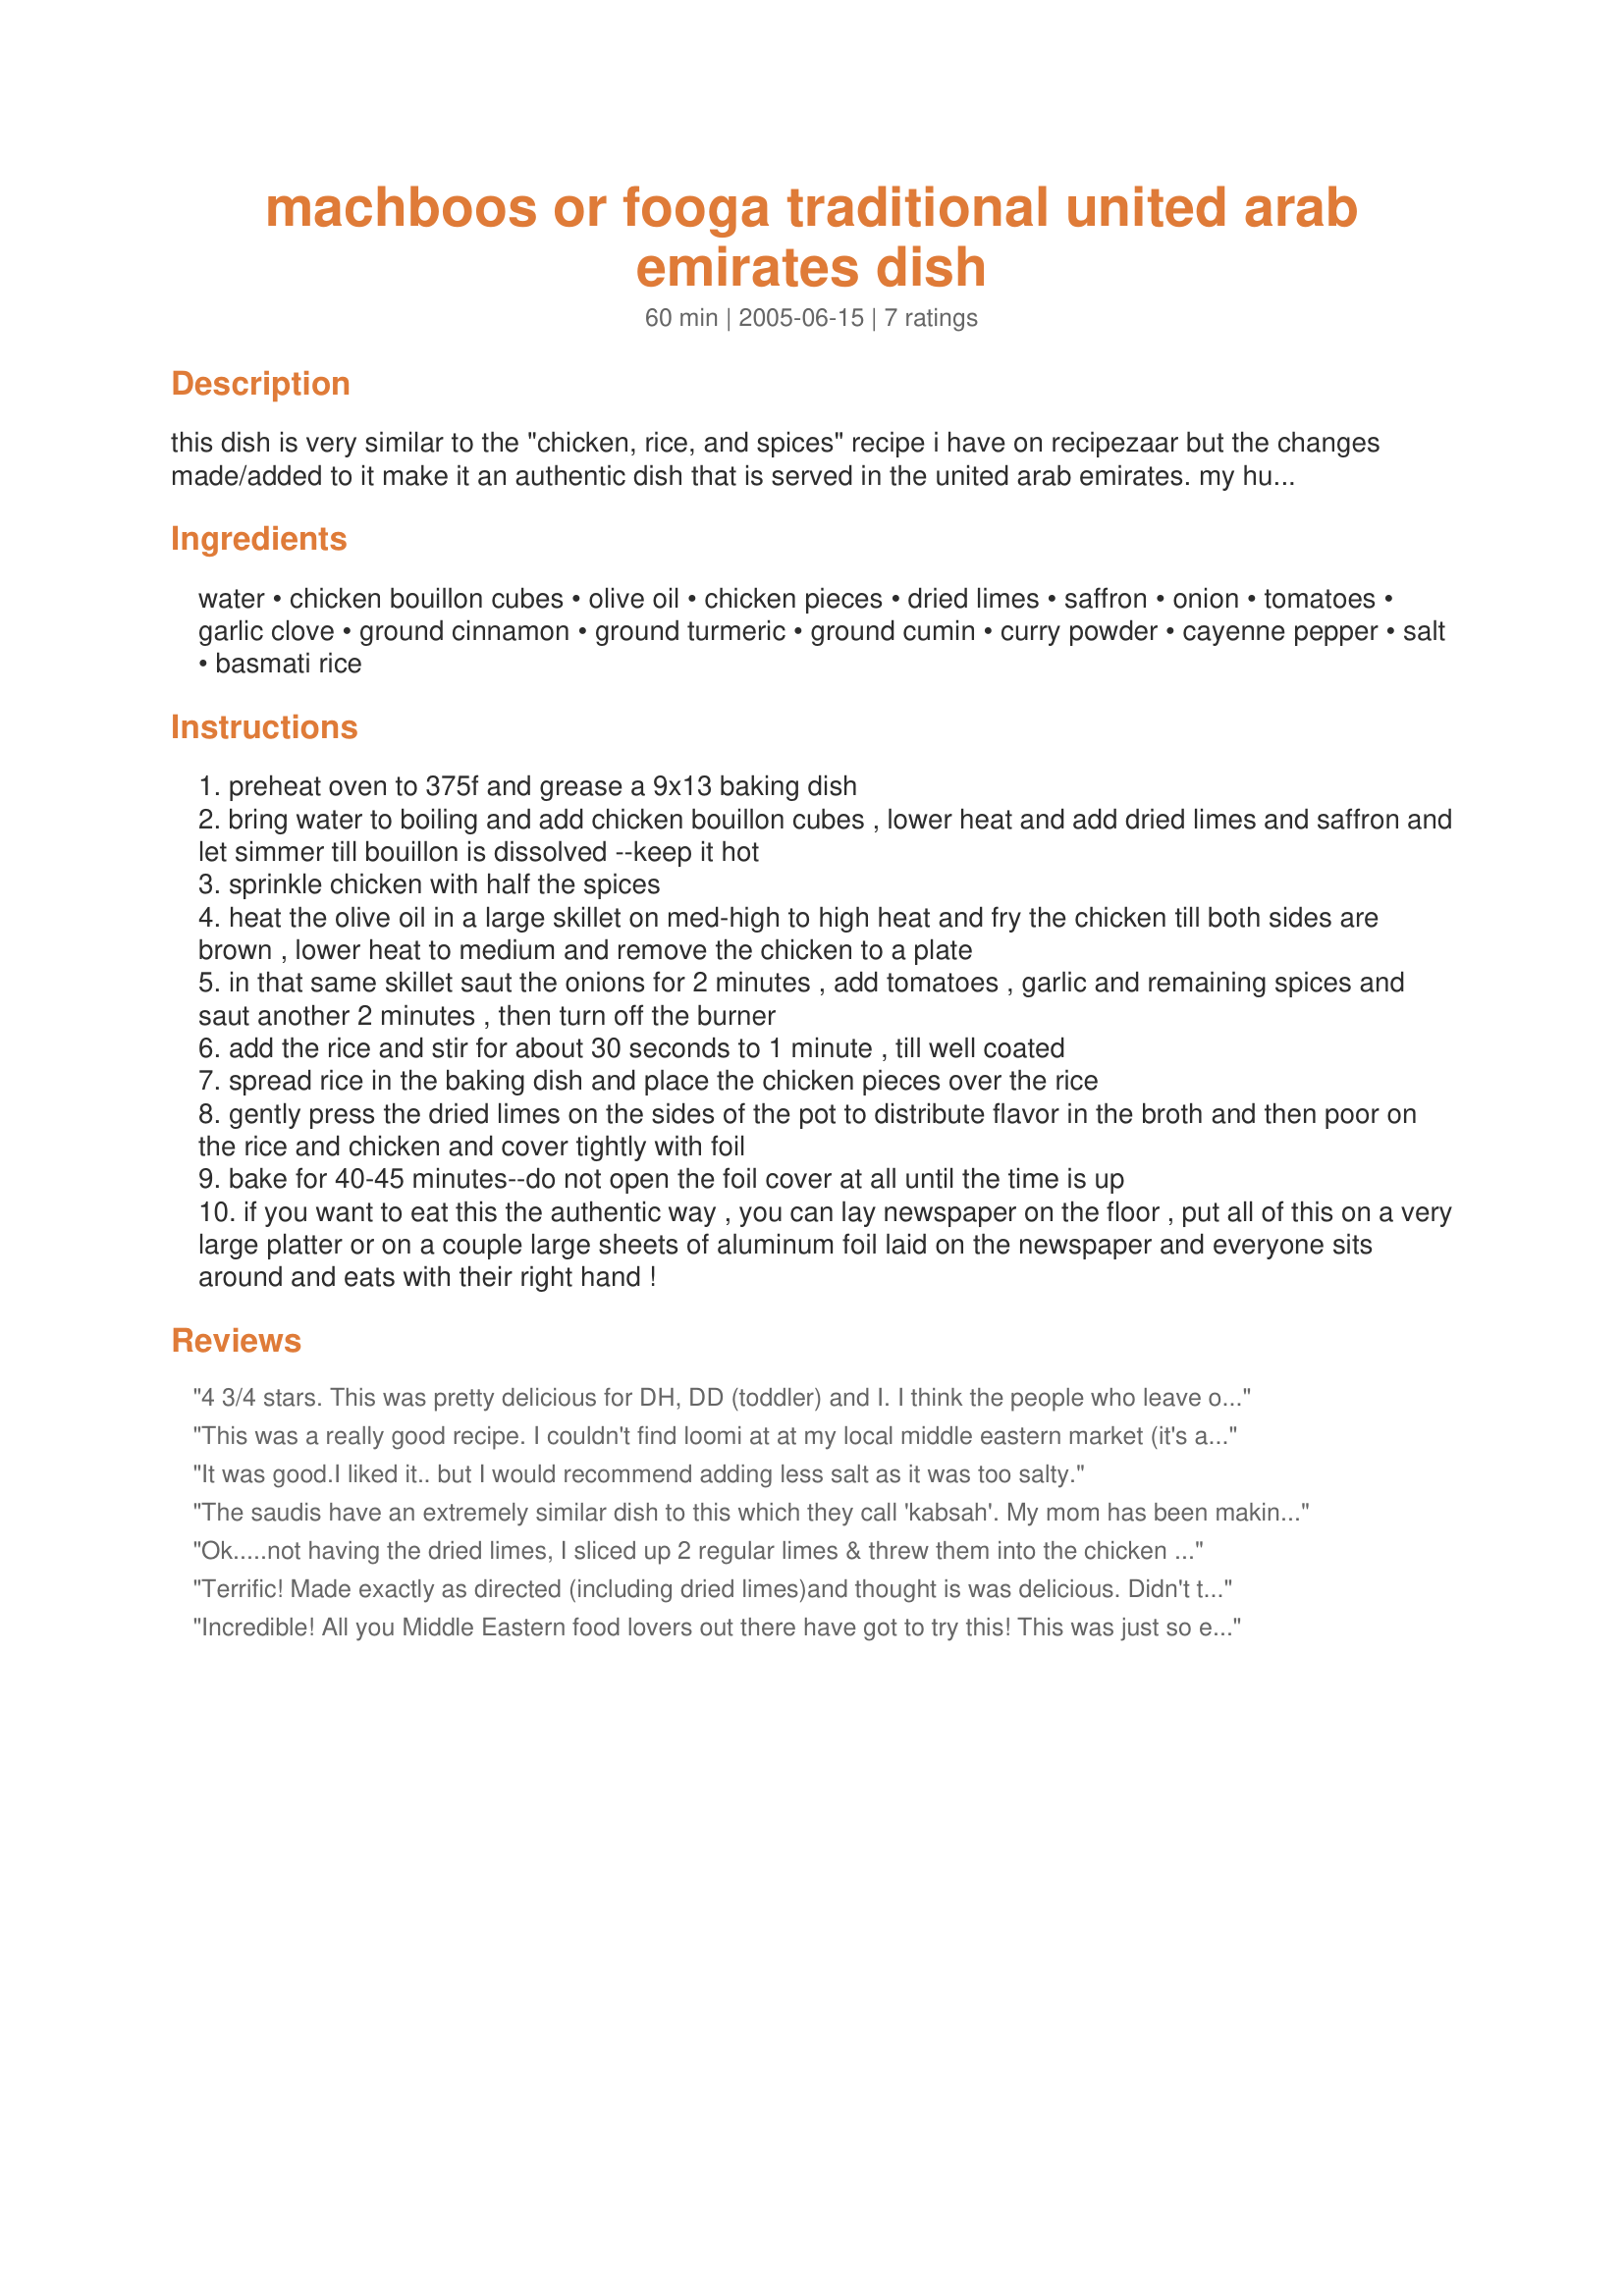
machboos or fooga traditional united arab emirates dish
Preparation time: 60 minutes

this dish is very similar to the "chicken, rice, and spices" recipe i have on recipezaar but the changes made/added to it make it an authentic dish that is served in the united arab emirates. my husband who is from there and also many other locals from there eat this with ketchup. i thought that seemed weird at first but but then again i love the japanese fried rice with ketchup and egg called omu-rice that is comfort food for japanese children so i tried it and it is really good!! the dried limes called "loomi" in this recipe can be found at most middle eastern stores. it is important in this recipe. this is usually cooked all in a large pot on a stovetop but basmati rice is not easy to cook just perfect like that. in the oven it is almost impossible to fail at this recipe :d --if you want to increase/decrease this dish the broth is always double the amount of rice you use. if increasing, let it bake in the oven just a tad bit longer.

Ingredients:
water, chicken bouillon cubes, olive oil, chicken pieces, dried limes, saffron, onion, tomatoes, garlic clove, ground cinnamon, ground turmeric, ground cumin, curry powder, cayenne pepper, salt, basmati rice

Steps:
preheat oven to 375f and grease a 9x13 baking dish
bring water to boiling and add chicken bouillon cubes , lower heat and add dried limes and saffron and let simmer till bouillon is dissolved --keep it hot
sprinkle chicken with half the spices
heat the olive oil in a large skillet on med-high to high heat and fry the chicken till both sides are brown , lower heat to medium and remove the chicken to a plate
in that same skillet saut the onions for 2 minutes , add tomatoes , garlic and remaining spices and saut another 2 minutes , then turn off the burner
add the rice and stir for about 30 seconds to 1 minute , till well coated
spread rice in the baking dish and place the chicken pieces over the rice
gently press the dried limes on the sides of the pot to distribute flavor in the broth and then poor on the rice and chicken and cover tightly with foil
bake for 40-45 minutes--do not open the foil cover at all until the time is up
if you want to eat this the authentic way , you can lay newspaper on the floor , put all of this on a very large platter or on a couple large sheets of aluminum foil laid on the newspaper and everyone sits around and eats with their right hand !

Reviews:
4 3/4 stars. This was pretty delicious for DH, DD (toddler) and I. I think the people who leave out the loomi should not star it unless they get 5 stars as I like the flavour given by the loomi. I used homemade chicken stock instead of chicken bullion cubes, extra virgin olive oil, I peeled my tomato before chopping it, added an extra clove garlic, used a sweet curry powder, Recipe #104344 as we dont like hot spicy, therefore I did not add the optional cayenne pepper or chili powder. I used as much sea salt as I needed as I do in all recipes I don't go by salt amounts. I cooked this for DH, DD (toddler) and I with half a chicken cut in pieces and 1 1/4 cups white Basmati rice and half the amount of spices. I served this with Recipe #133169 for a wonderful meal. Made for Think Pink Tag.
This was a really good recipe. I couldn't find loomi at at my local middle eastern market (it's available on the internet), so I substitued the juice of a lime with its zest. Next time I would really like to try it with the loomi. Also, I found it a tad salty with the boullon, so next time I'll probably make it with low sodium chicken broth. Tried it with the ketchup, but preferred it plain:) Paired it with moroccan carrot salad. Thanks for the recipe. I'll definitely make it again.
It was good.I liked it.. but I would recommend adding less salt as it was too salty.
The saudis have an extremely similar dish to this which they call 'kabsah'. My mom has been making it for years and now I have taken over. My familiy loves it! however we dont eat it with ketchup, we eat it with the traditional accompaniments of Tomato Salsa, Yoghurt, and Salad. Delicious :)
Ok.....not having the dried limes, I sliced up 2 regular limes & threw them into the chicken broth. NO idea if the flavors are similar. Everyody LOVED the chicken but the kids didn't like the rice. :? I was shocked. Very easy & very delicious!! Mine wasn't too salty - I used Maggi chicken bouillon cubes. The proportions were all perfect & everything cooked perfectly. I think I'll triple this during the summer for guests. :) Made for NA*ME Recipe of the Week.
Terrific! Made exactly as directed (including dried limes)and thought is was delicious. Didn't try the ketchup, but I did add a few raisins to the rice at the table. I liked the raisins, my husband didn't. A keeper for sure.
Incredible! All you Middle Eastern food lovers out there have got to try this! This was just so easy and delicious (great instructions!); I halved this for the two of us and used 1 1/2 skinless boneless chicken breasts and the optional chilli powder - it does not make the dish hot at all so don't be scared to use it! Everything cooked perfectly in 45 mins and yes we did try in with tomato sauce; my hubby loved it but I prefered yoghurt. Only thing I changed was adding a few tablespoons of lime juice to the stock rather than a dried lime; if anyone knows where you can get such a thing in the eastern suburbs of Melbourne I'd love to know because I'll certainly be making this again - thank you so much for posting!
